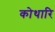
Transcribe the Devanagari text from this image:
कोथारि